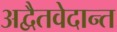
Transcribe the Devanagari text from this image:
अद्वैतवेदान्त